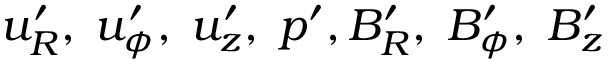
u _ { R } ^ { \prime } , \; u _ { \phi } ^ { \prime } , \; u _ { z } ^ { \prime } , \; p ^ { \prime } , B _ { R } ^ { \prime } , \; B _ { \phi } ^ { \prime } , \; B _ { z } ^ { \prime }